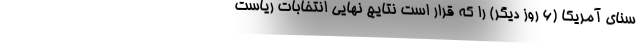
سنای آمریکا (6 روز دیگر) را که قرار است نتایج نهایی انتخابات ریاست